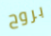
بروح